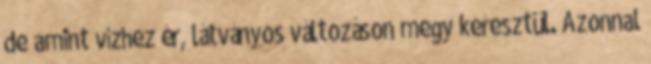
de amint vízhez ér, látványos változáson megy keresztül. Azonnal